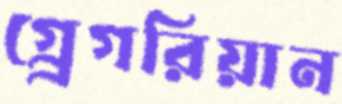
গ্র্রেগরিয়ান